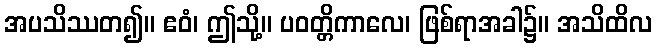
အပသိဿတ၍။ ဧဝံ၊ ဤသို့။ ပဝတ္တိကာလေ၊ ဖြစ်ရာအခါ၌။ အသိထိလ